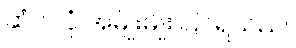
ဆံပင်ပုံ အမျိုးမျိုး ပြင်ရသည်။